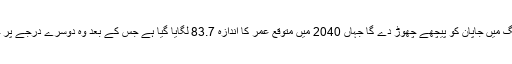
وہ اس رینکنگ میں جاپان کو پیچھے چھوڑ دے گا جہاں 2040 میں متوقع عمر کا اندازہ 83.7 لگایا گیا ہے جس کے بعد وہ دوسرے درجے پر چلا جائے گا۔